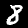
Label: 8